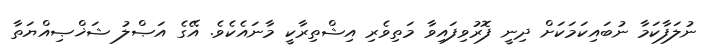
ނުލަފާކަމާ ނުބައިކަމަކަށް ދިނީ ފޮރުވިފައިވާ މަތިވެރި އިޝްތިރާކީ މާނައެކެވެ. އޭގެ އަޞްލު ޝަޚްޞިއްޔަތާ